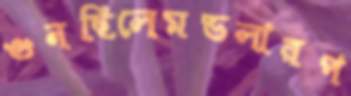
গুনছিলেমডলারপ